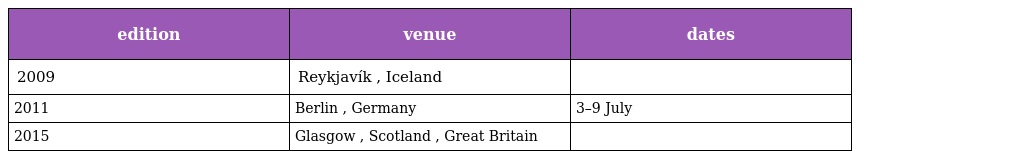
| edition | venue | dates |
 | --- | --- | --- |
 | 2009 | Reykjavík , Iceland |  |
 | 2011 | Berlin , Germany | 3–9 July |
 | 2015 | Glasgow , Scotland , Great Britain |  |